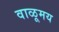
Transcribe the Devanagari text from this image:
वाळूमय